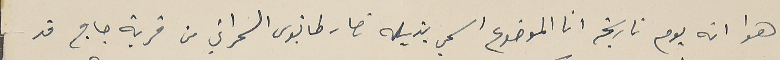
هوا انه يوم تاريخه انا الموضوع اسمي بذيله نصار طانيوسَ السمراني من قرية جاج قد